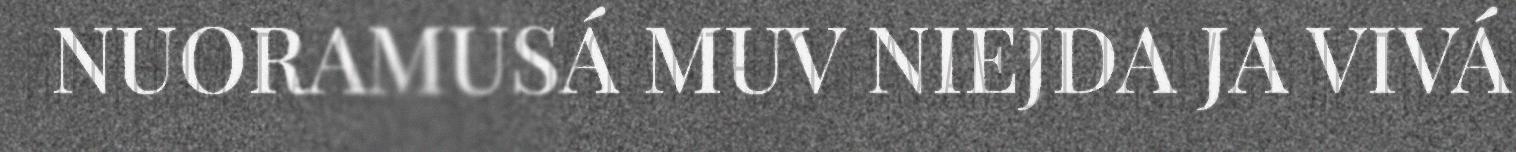
NUORAMUSÁ MUV NIEJDA JA VIVÁ